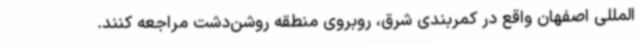
‌المللی اصفهان واقع در کمربندی شرق، روبروی منطقه روشن‌دشت مراجعه کنند.